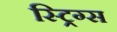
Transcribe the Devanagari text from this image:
स्ट्रिग्स